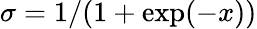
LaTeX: \sigma=1/(1+\exp(-x))